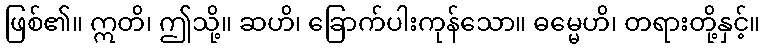
ဖြစ်၏။ ဣတိ၊ ဤသို့။ ဆဟိ၊ ခြောက်ပါးကုန်သော။ ဓမ္မေဟိ၊ တရားတို့နှင့်။